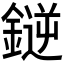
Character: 𫒼